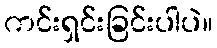
ကင်းရှင်းခြင်းပါပဲ။